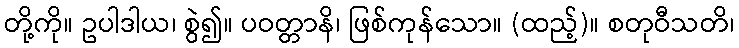
တို့ကို။ ဥပါဒါယ၊ စွဲ၍။ ပဝတ္တာနိ၊ ဖြစ်ကုန်သော။ (ထည့်)။ စတုဝီသတိ၊